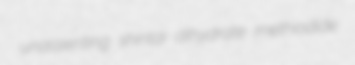
unassenting shintai dihydrate methiodide